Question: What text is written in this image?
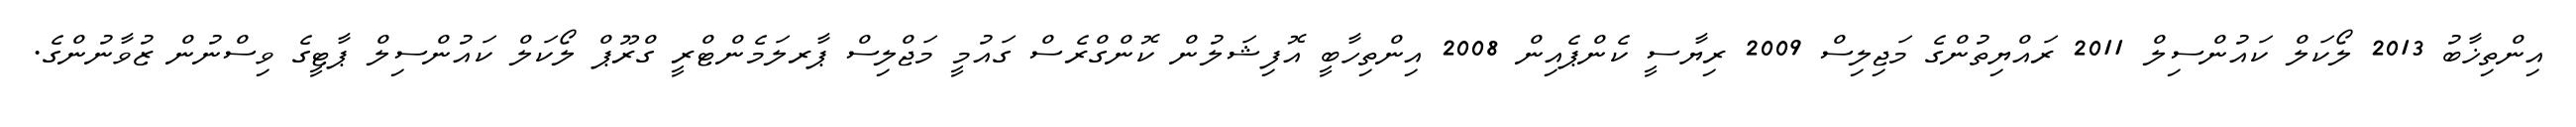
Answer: އިންތިޚާބު 2013 ލޯކަލް ކައުންސިލް 2011 ރައްޔިތުންގެ މަޖިލިސް 2009 ރިޔާސީ ކެންޕެއިން 2008 އިންތިހާބީ އޮފިޝަލުން ކޮންގްރެސް ގައުމީ މަޖްލިސް ޕާރލަމެންޓްރީ ގްރޫޕް ލޯކަލް ކައުންސިލް ޕާޓީގެ ވިސްނުން ޒުވާނުންގެ.